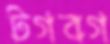
টগবগ